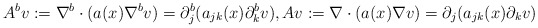
\begin{align*} A^{b}v:=\nabla^b\cdot(a(x)\nabla^bv)= \partial_j^b(a_{jk}(x)\partial_k^bv), Av:=\nabla\cdot(a(x)\nabla v)= \partial_j(a_{jk}(x)\partial_kv)\end{align*}